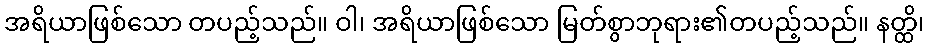
အရိယာဖြစ်သော တပည့်သည်။ ဝါ၊ အရိယာဖြစ်သော မြတ်စွာဘုရား၏တပည့်သည်။ နတ္ထိ၊